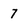
Character: 7